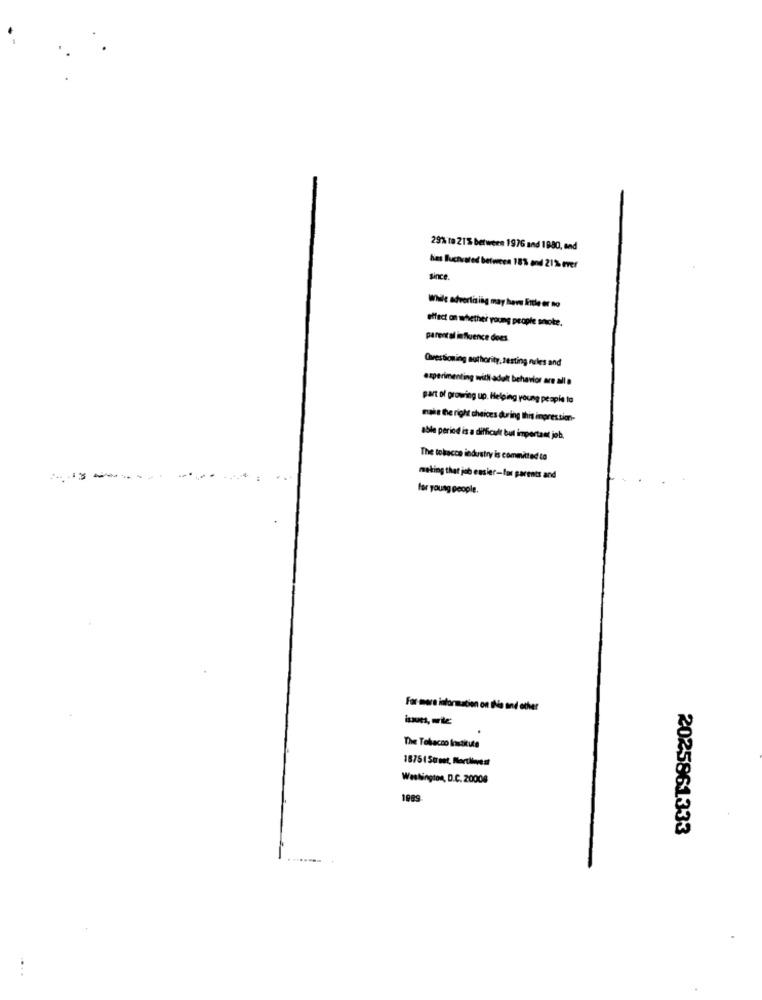
29% to 21% between 1976 and 1880, and
bas lluchvoted betveces 18% and 21% ever
since
While advertising may have little or no
effect on whether young people smoke.
parental influence does
Questioning authority, testing nrles and
experimenting with adelt behavior are alla
part of growing up. Helping young people to
mais the right cheices during this inpres sion-
able period is a difficult but important job.
The tobacco industry is committed to
meling that job easier-for parents and
for young people.
For more information on INs and other
The Tobacco Institute
18751Street, Mortiinvest
Washington, D.C. 20008
1989-
2025861333